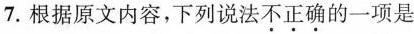
7.根据原文内容，下列说法不正确的一项是